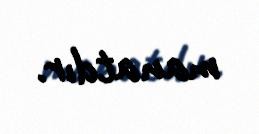
manatdır.